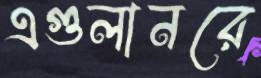
এগুলানরে